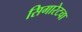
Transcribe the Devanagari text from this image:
सिगारेटचा